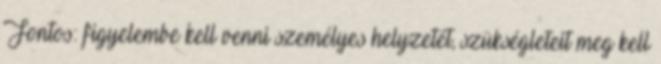
Fontos: figyelembe kell venni személyes helyzetét, szükségleteit meg kell